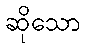
ဆိုသော